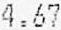
4.67